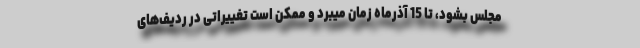
مجلس بشود، تا 15 آذرماه زمان میبرد و ممكن است تغییراتی در ردیف‌های